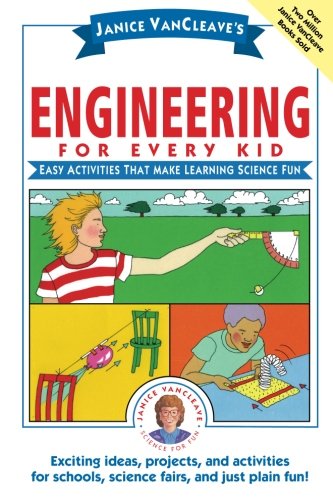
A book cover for Janice VanCleave's Engineering for Every Kid: Easy Activities That Make Learning Science Fun; Janice VanCleave; Children's Books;